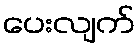
ပေးလျက်